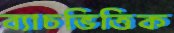
ব্যাচভিত্তিক